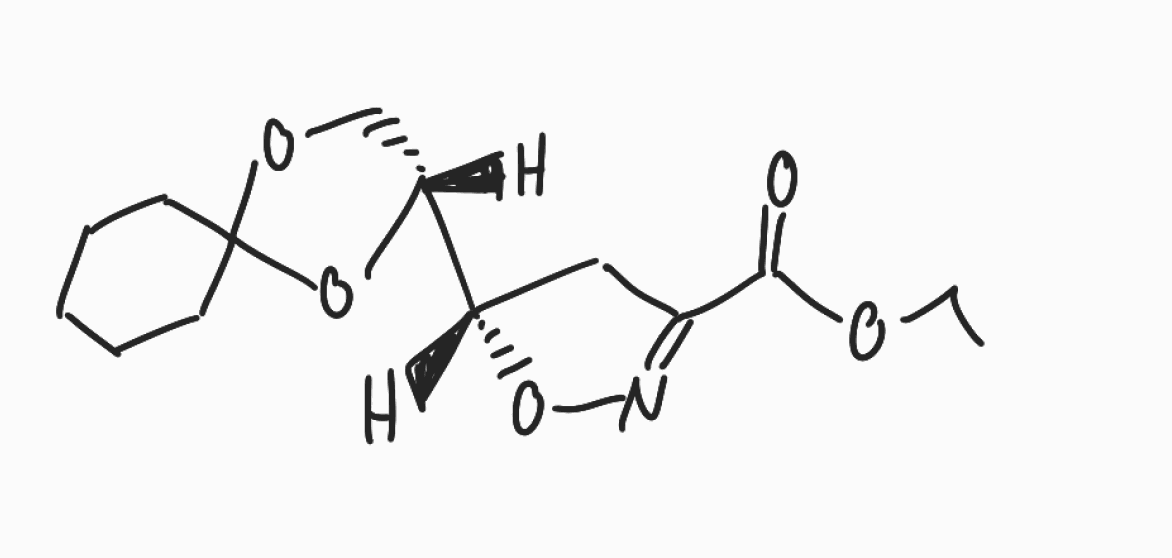
Simplified molecular-input line-entry system (SMILES) notation of the given molecule:
CCOC(=O)C1=NO[C@@H](C1)[C@H]2COC3(O2)CCCCC3